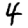
Digit: 4